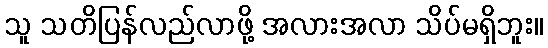
သူ သတိပြန်လည်လာဖို့ အလားအလာ သိပ်မရှိဘူး။